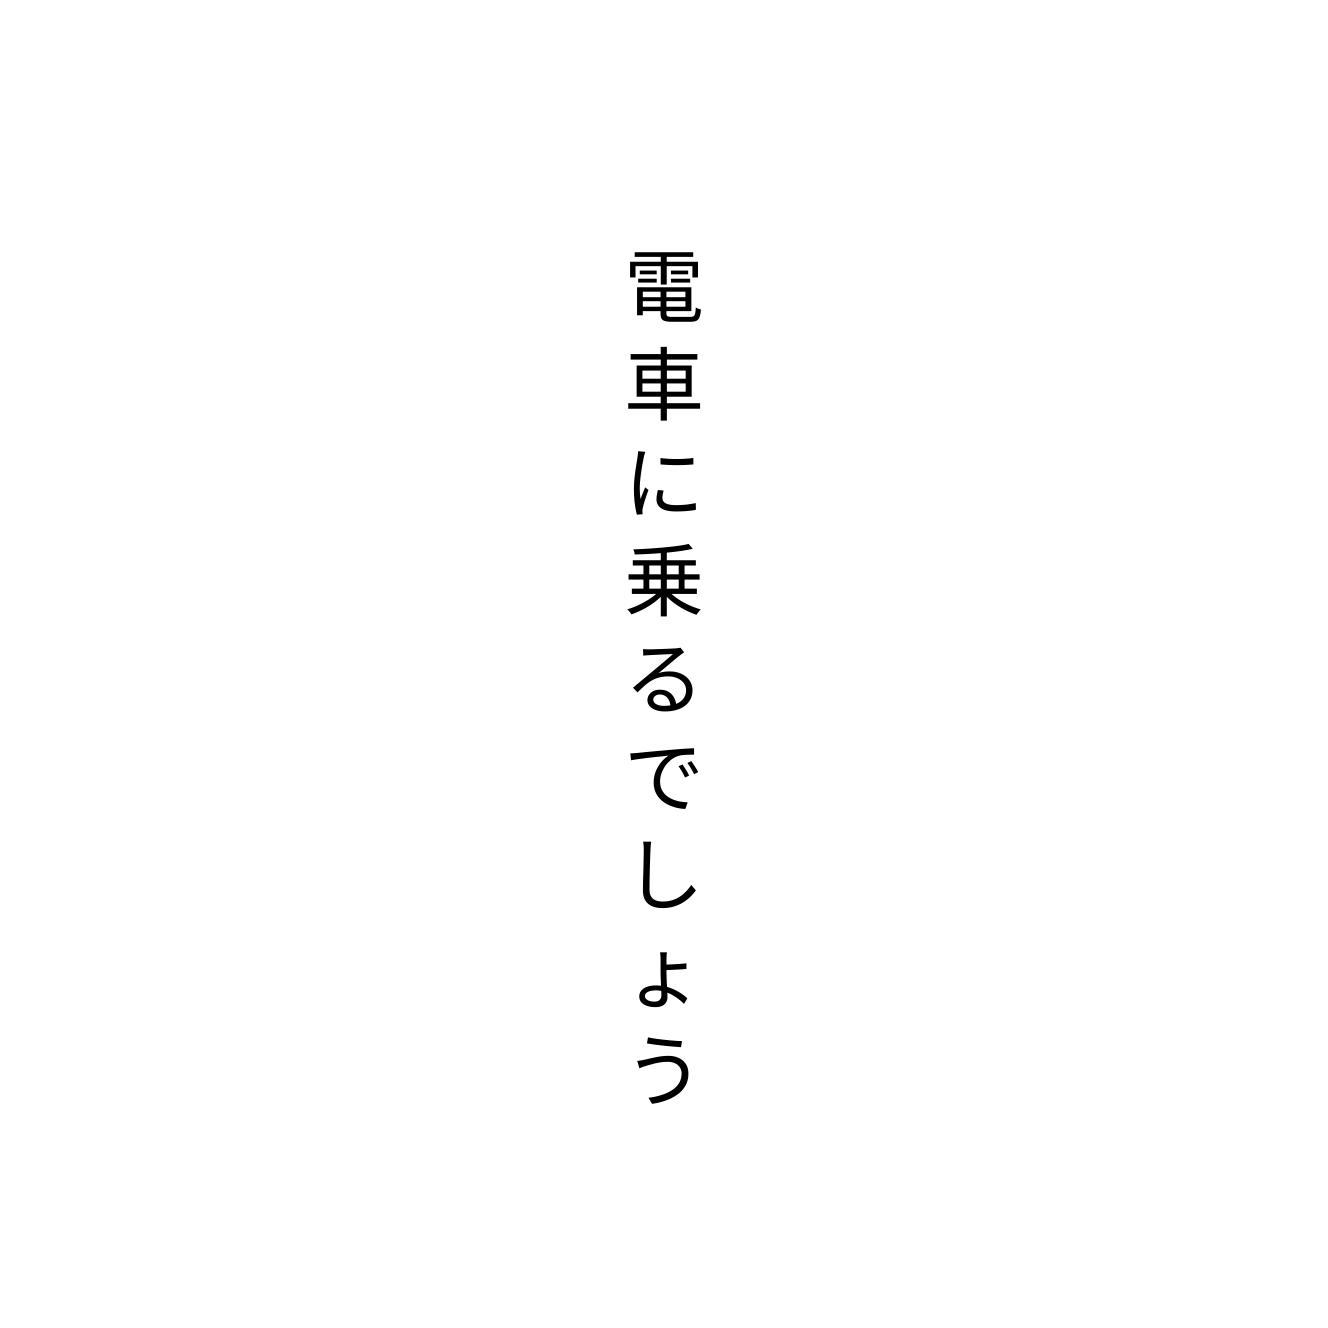
電車に乗るでしょう